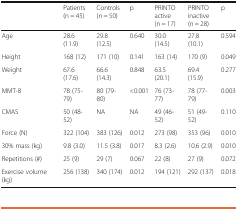
<table><thead><tr><td></td><td><b>Patients (n = 45)</b></td><td><b>Controls (n = 50)</b></td><td><b>p</b></td><td><b>PRINTO active (n = 17)</b></td><td><b>PRINTO inactive (n = 28)</b></td><td><b>p</b></td></tr></thead><tbody><tr><td>Age</td><td>28.6 (11.9)</td><td>29.8 (12.5)</td><td>0.640</td><td>30.0 (14.5)</td><td>27.8 (10.1)</td><td>0.594</td></tr><tr><td>Height</td><td>168 (12)</td><td>171 (10)</td><td>0.141</td><td>163 (14)</td><td>170 (9)</td><td>0.049</td></tr><tr><td>Weight</td><td>67.6 (17.6)</td><td>66.6 (14.3)</td><td>0.848</td><td>63.5 (20.1)</td><td>69.4 (15.9)</td><td>0.277</td></tr><tr><td>MMT-8</td><td>78 (75-79)</td><td>80 (79-80)</td><td>&lt;0.001</td><td>76 (73-77)</td><td>78 (77-79)</td><td>0.003</td></tr><tr><td>CMAS</td><td>50 (48-52)</td><td>NA</td><td>NA</td><td>49 (46-52)</td><td>51 (49-52)</td><td>0.110</td></tr><tr><td>Force (N)</td><td>322 (104)</td><td>383 (126)</td><td>0.012</td><td>273 (98)</td><td>353 (96)</td><td>0.010</td></tr><tr><td>30% mass (kg)</td><td>9.8 (3.0)</td><td>11.5 (3.8)</td><td>0.017</td><td>8.3 (2.6)</td><td>10.6 (2.9)</td><td>0.010</td></tr><tr><td>Repetitions (#)</td><td>25 (9)</td><td>29 (7)</td><td>0.067</td><td>22 (8)</td><td>27 (9)</td><td>0.072</td></tr><tr><td>Exercise volume (kg)</td><td>256 (138)</td><td>340 (174)</td><td>0.012</td><td>194 (121)</td><td>292 (137)</td><td>0.018</td></tr></tbody></table>